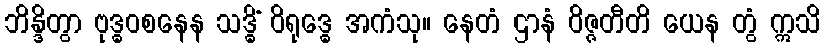
ဘိန္ဒိတွာ ဗုဒ္ဓဝစနေန သဒ္ဓိံ ဝိရုဒ္ဓေ အကံသု။ နေတံ ဌာနံ ဝိဇ္ဇတီတိ ယေန တွံ ဣသိ